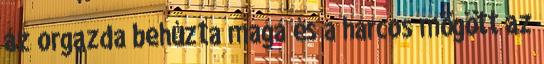
az orgazda behúzta maga és a harcos mögött az